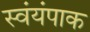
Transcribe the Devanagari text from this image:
स्वंयंपाक